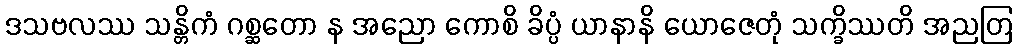
ဒသဗလဿ သန္တိကံ ဂစ္ဆတော န အညော ကောစိ ခိပ္ပံ ယာနာနိ ယောဇေတုံ သက္ခိဿတိ အညတြ